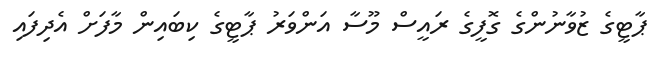
ޕާޓީގެ ޒުވާނުންގެ ގޮފީގެ ރައީސް މޫސާ އަންވަރު ޕާޓީގެ ކިބައިން މާފަށް އެދިފައި